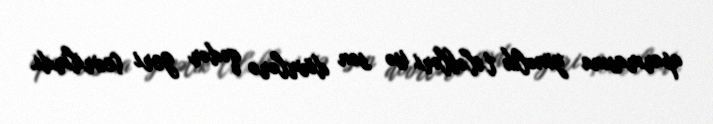
aparmasına yönəlik tələbləri isə son dövrlərə qədər geri çevrilirdi.